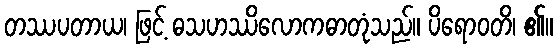
တဿပတာယ၊ ဖြင့် ဓသဟဿိလောကဓာတုံသည်။ ပိရောဝတိ၊ ၏။